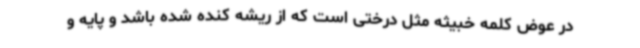
در عوض کلمه خبیثه مثل درختی است که از ریشه کنده شده باشد و پایه و